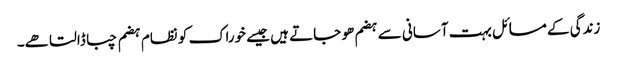
زندگی کے مسائل بہت آسانی سے ہضم ھو جاتے ہیں جیسے خوراک کو نظام ہضم چبا ڈالتا ھے۔